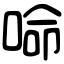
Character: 𠵴